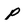
Character: p